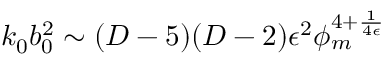
k _ { 0 } b _ { 0 } ^ { 2 } \sim ( D - 5 ) ( D - 2 ) \epsilon ^ { 2 } \phi _ { m } ^ { 4 + { \frac { 1 } { 4 \epsilon } } }